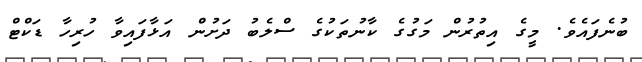
ބުނެފައެވެ. މީގެ އިތުރުން މަގުގެ ކާނުތަކުގެ ސްލެބު ދަށުން އަޅާފައިވާ ހުރިހާ ޑަކްޓް